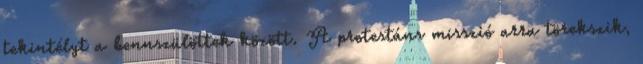
tekintélyt a bennszülöttek között. A protestáns misszió arra törekszik,